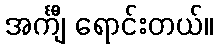
အင်္ကျီ ရောင်းတယ်။